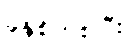
ခုနှစ်ကစပြီး